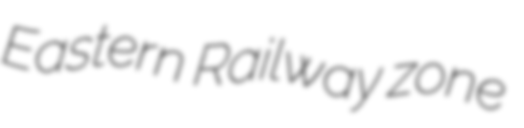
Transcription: Eastern Railway zone